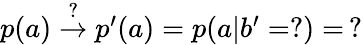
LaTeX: \begin{array}{r}{p(a)\stackrel{?}{\rightarrow}p^{\prime}(a)=p(a|b^{\prime}=?)=\, ?}\end{array}